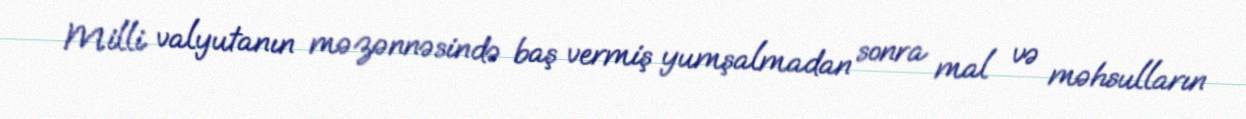
Milli valyutanın məzənnəsində baş vermiş yumşalmadan sonra mal və məhsulların